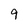
Character: 9